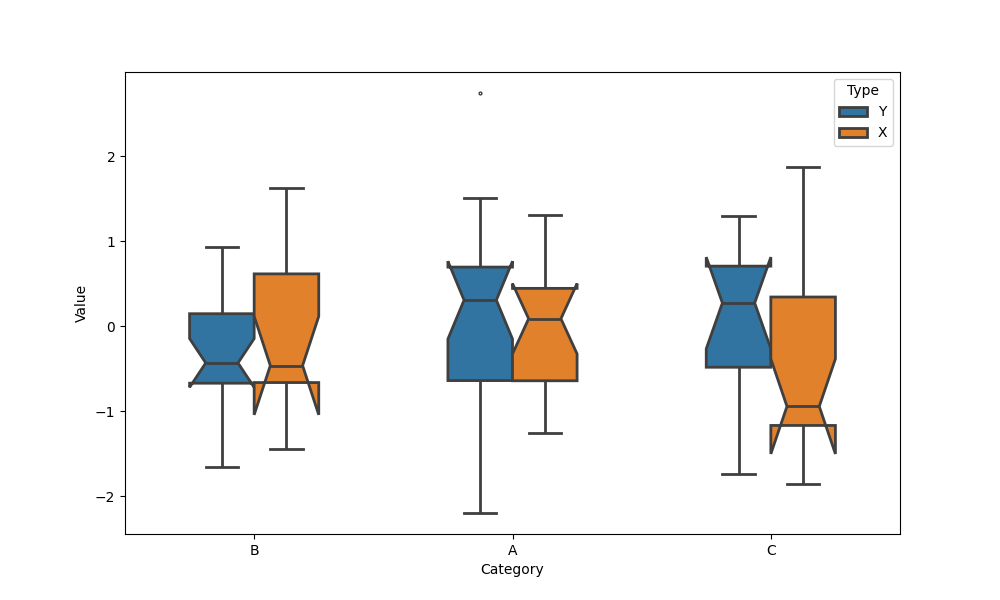
python, seaborn, boxplot, width=0.5, linewidth=2, fliersize=2, notch=True